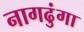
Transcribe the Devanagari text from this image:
नागढुंगा